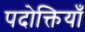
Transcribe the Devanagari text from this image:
पदोक्तियाँ